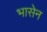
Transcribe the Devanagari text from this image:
भासेन